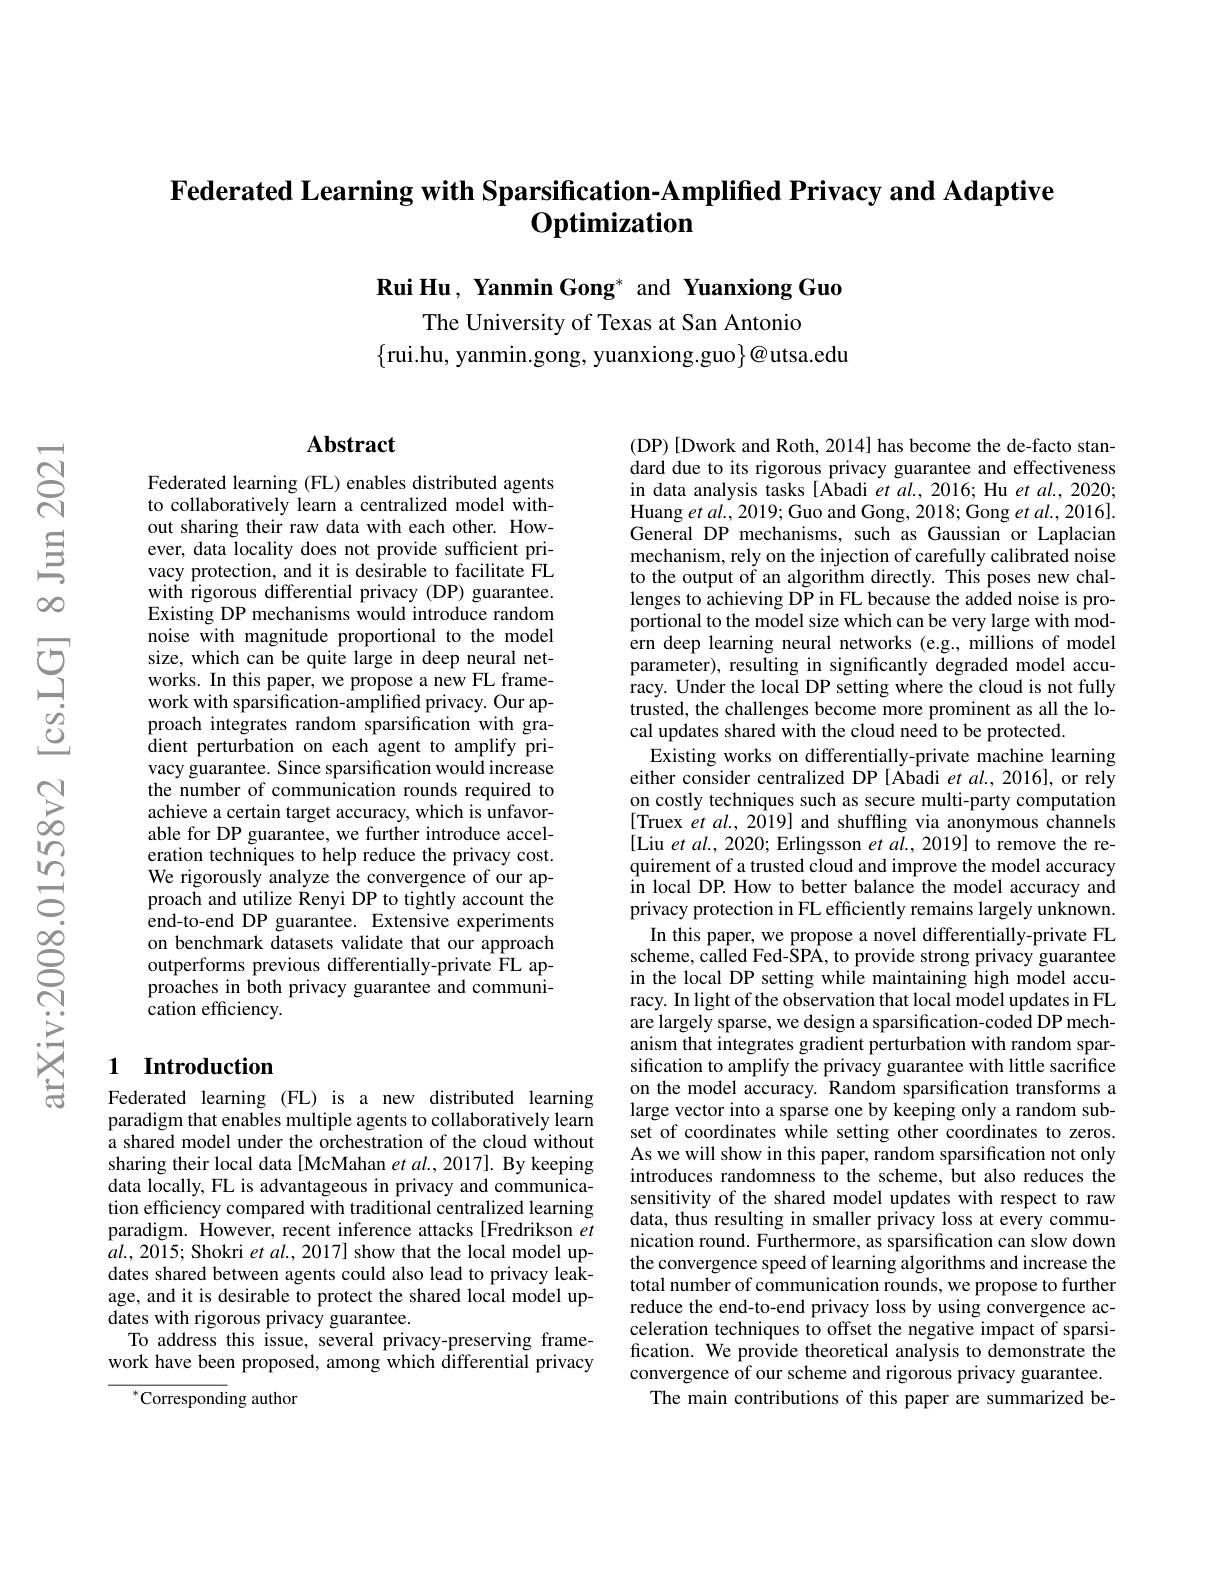
Federated Learning with Sparsification-Amplified Privacy and Adaptive
$\mathbf{O} \textbf{ptimization}$

Rui Hu , Yanmin Gong* and Yuanxiong Guo

The University of Texas at San Antonio
$\{$rui.hu, yanmin.gong, yuanxiong.guo$\}@$utsa.edu

## Abstract

Federated learning (FL) enables distributed agents to collaboratively learn a centralized model without sharing their raw data with each other. However, data locality does not provide sufficient privacy protection, and it is desirable to facilitate FL with rigorous differential privacy (DP) guarantee. Existing DP mechanisms would introduce random noise with magnitude proportional to the model size, which can be quite large in deep neural networks. In this paper, we propose a new FL framework with sparsification-amplified privacy. Our approach integrates random sparsification with gradient perturbation on each agent to amplify privacy guarantee. Since sparsification would increase the number of communication rounds required to achieve a certain target accuracy, which is unfavorable for DP guarantee, we further introduce acceleration techniques to help reduce the privacy cost. We rigorously analyze the convergence of our approach and utilize Renyi DP to tightly account the end-to-end DP guarantee. Extensive experiments on benchmark datasets validate that our approach outperforms previous differentially-private $\hat{\mathrm{FL~ap-}}$ proaches in both privacy guarantee and communication efficiency.

### 1 Introduction

Federated learning (FL) is a new distributed learning paradigm that enables multiple agents to collaboratively learn a shared model under the orchestration of the cloud without sharing their local data [McMahan et al.,2017]. By keeping data locally, FL is advantageous in privacy and communication efficiency compared with traditional centralized learning paradigm. However, recent inference attacks [Fredrikson $et$ $al.,2015;$ Shokri et $al.,2017]$ show that the local model updates shared between agents could also lead to privacy leakage, and it is desirable to protect the shared local model updates with rigorous privacy guarantee.
To address this issue, several privacy-preserving framework have been proposed, among which differential privacy

$^{*}$Corresponding author

(DP) [Dwork and Roth, 2014] has become the de-facto standard due to its rigorous privacy guarantee and effectiveness in data analysis tasks [Abadi et al., 2016; Hu et al., 2020; Huang et $al.,2019;$ Guo and Gong, 2018; Gong et al., 2016]. General DP mechanisms, such as Gaussian or Laplacian mechanism, rely on the injection of carefully calibrated noise to the output of an algorithm directly. This poses new challenges to achieving DP in FL because the added noise is proportional to the model size which can be very large with modern deep learning neural networks (e.g., millions of model parameter), resulting in significantly degraded model accuracy. Under the local DP setting where the cloud is not fully trusted, the challenges become more prominent as all the local updates shared with the cloud need to be protected.
Existing works on differentially-private machine learning either consider centralized DP [Abadi et $al.,2016]$, or rely on costly techniques such as secure multi-party computation [Truex $etal.,2\bar{019}]$ and shuffling via anonymous channels [Liu $etal.,2020;$ Erlingsson $et\textit{al. , 2019] to remove the re- }$ quirement of a trusted cloud and improve the model accuracy in local DP. How to better balance the model accuracy and privacy protection in FL efficiently remains largely unknown.
In this paper, we propose a novel differentially-private FL scheme, called Fed-SPA, to provide strong privacy guarantee in the local DP setting while maintaining high model accuracy. In light of the observation that local model updates in FL are largely sparse, we design a sparsification-coded DP mechanism that integrates gradient perturbation with random sparsification to amplify the privacy guarantee with little sacrifice on the model accuracy. Random sparsification transforms a large vector into a sparse one by keeping only a random subset of coordinates while setting other coordinates to zeros. As we will show in this paper, random sparsification not only introduces randomness to the scheme, but also reduces the sensitivity of the shared model updates with respect to raw data, thus resulting in smaller privacy loss at every communication round. Furthermore, as sparsification can slow down the convergence speed of learning algorithms and increase the total number of communication rounds, we propose to further reduce the end-to-end privacy loss by using convergence acceleration techniques to offset the negative impact of sparsification. We provide theoretical analysis to demonstrate the convergence of our scheme and rigorous privacy guarantee. The main contributions of this paper are summarized be-